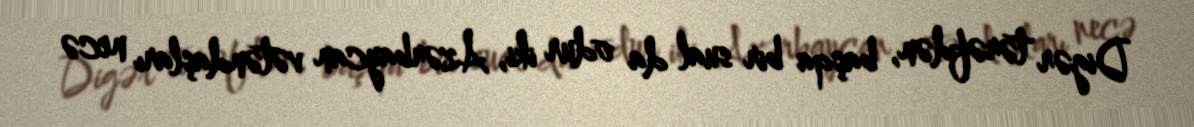
Digər tərəfdən, başqa bir sual da odur iki, Azərbaycan vətəndaşları necə